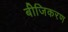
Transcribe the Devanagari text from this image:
बीजिकरण